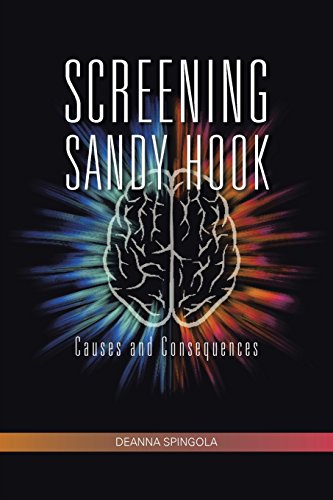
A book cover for Screening Sandy Hook: Causes and Consequences; Deanna Spingola; Medical Books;